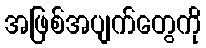
အဖြစ်အပျက်တွေကို